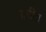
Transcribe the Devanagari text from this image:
पारतिता